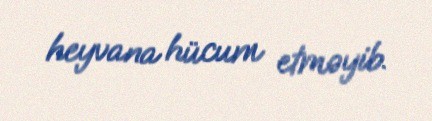
heyvana hücum etməyib.